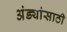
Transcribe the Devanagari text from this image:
अंड्यांसाठी